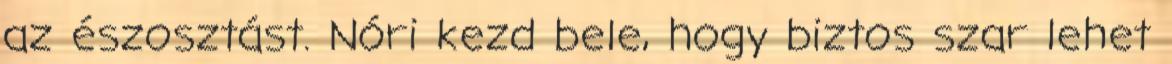
az észosztást. Nóri kezd bele, hogy biztos szar lehet